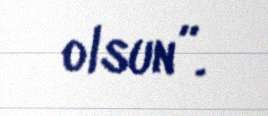
olsun”.